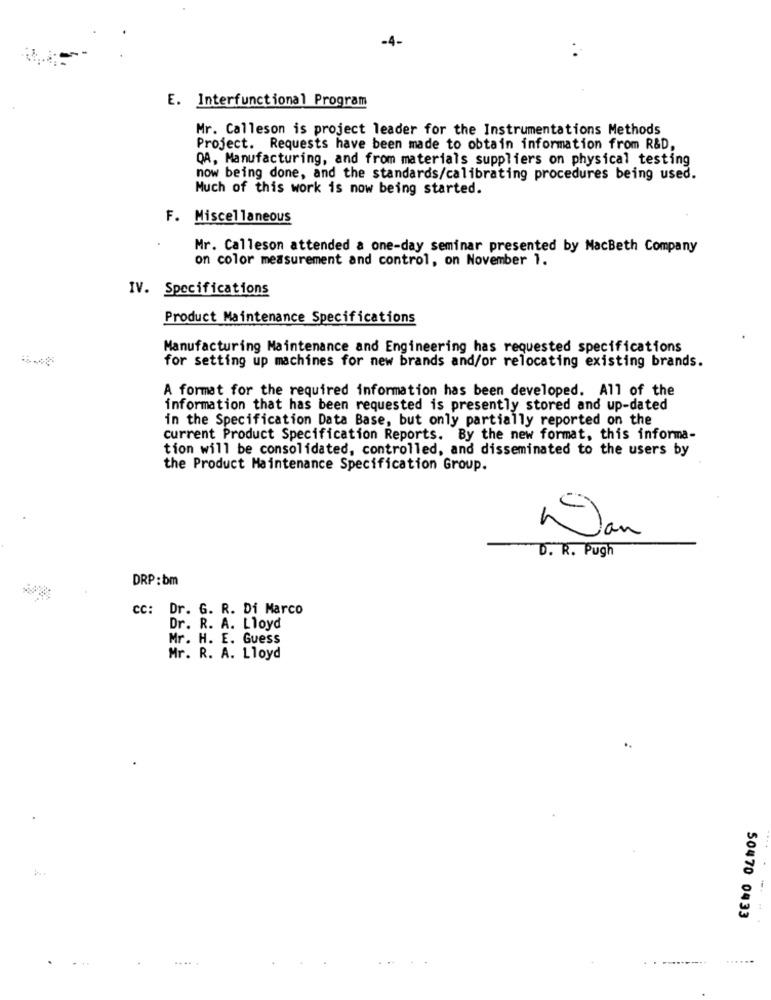
-4-
E. Interfunctional Program
Mr. Calleson is project leader for the Instrumentations Methods
Project. Requests have been made to obtain information from R&D,
QA, Manufacturing, and from materials suppliers on physical testing
now being done, and the standards/calibrating procedures being used.
Much of this work is now being started.
F. Miscellaneous
Mr. Calleson attended & one-day seminar presented by MacBeth Company
on color measurement and control, on November 1.
IV. Specifications
Product Maintenance Specifications
Manufacturing Maintenance and Engineering has requested specifications
for setting up machines for new brands and/or relocating existing brands.
A format for the required information has been developed. All of the
information that has been requested is presently stored and up-dated
in the Specification Data Base, but only partially reported on the
current Product Specification Reports. By the new format, this informa-
tion will be consolidated, controlled, and disseminated to the users by
the Product Maintenance Specification Group.
Dan
D. R. Pugh
DRP: bm
cc: Dr. G. R. Di Marco
Dr. R. A. Lloyd
Mr. H. E. Guess
Mr. R. A. Lloyd
50470 0433